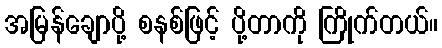
အမြန်ချောပို့ စနစ်ဖြင့် ပို့တာကို ကြိုက်တယ်။